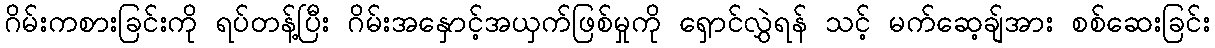
ဂိမ်းကစားခြင်းကို ရပ်တန့်ပြီး ဂိမ်းအနှောင့်အယှက်ဖြစ်မှုကို ရှောင်လွှဲရန် သင့် မက်ဆေ့ချ်အား စစ်ဆေးခြင်း